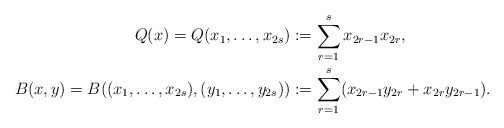
\begin{align*}Q(x)=Q(x_1,\dotsc,x_{2s})&:=\sum_{r=1}^s x_{2r-1}x_{2r},\\B(x,y)=B((x_1,\dotsc,x_{2s}),(y_1,\dotsc,y_{2s}))&:=\sum_{r=1}^s (x_{2r-1}y_{2r}+x_{2r}y_{2r-1}).\end{align*}